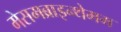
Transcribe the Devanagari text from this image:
मेसमब्राइन्थेमम